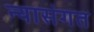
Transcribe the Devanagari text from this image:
न्यासंगत